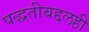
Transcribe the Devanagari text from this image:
पद्धतीबद्दलही